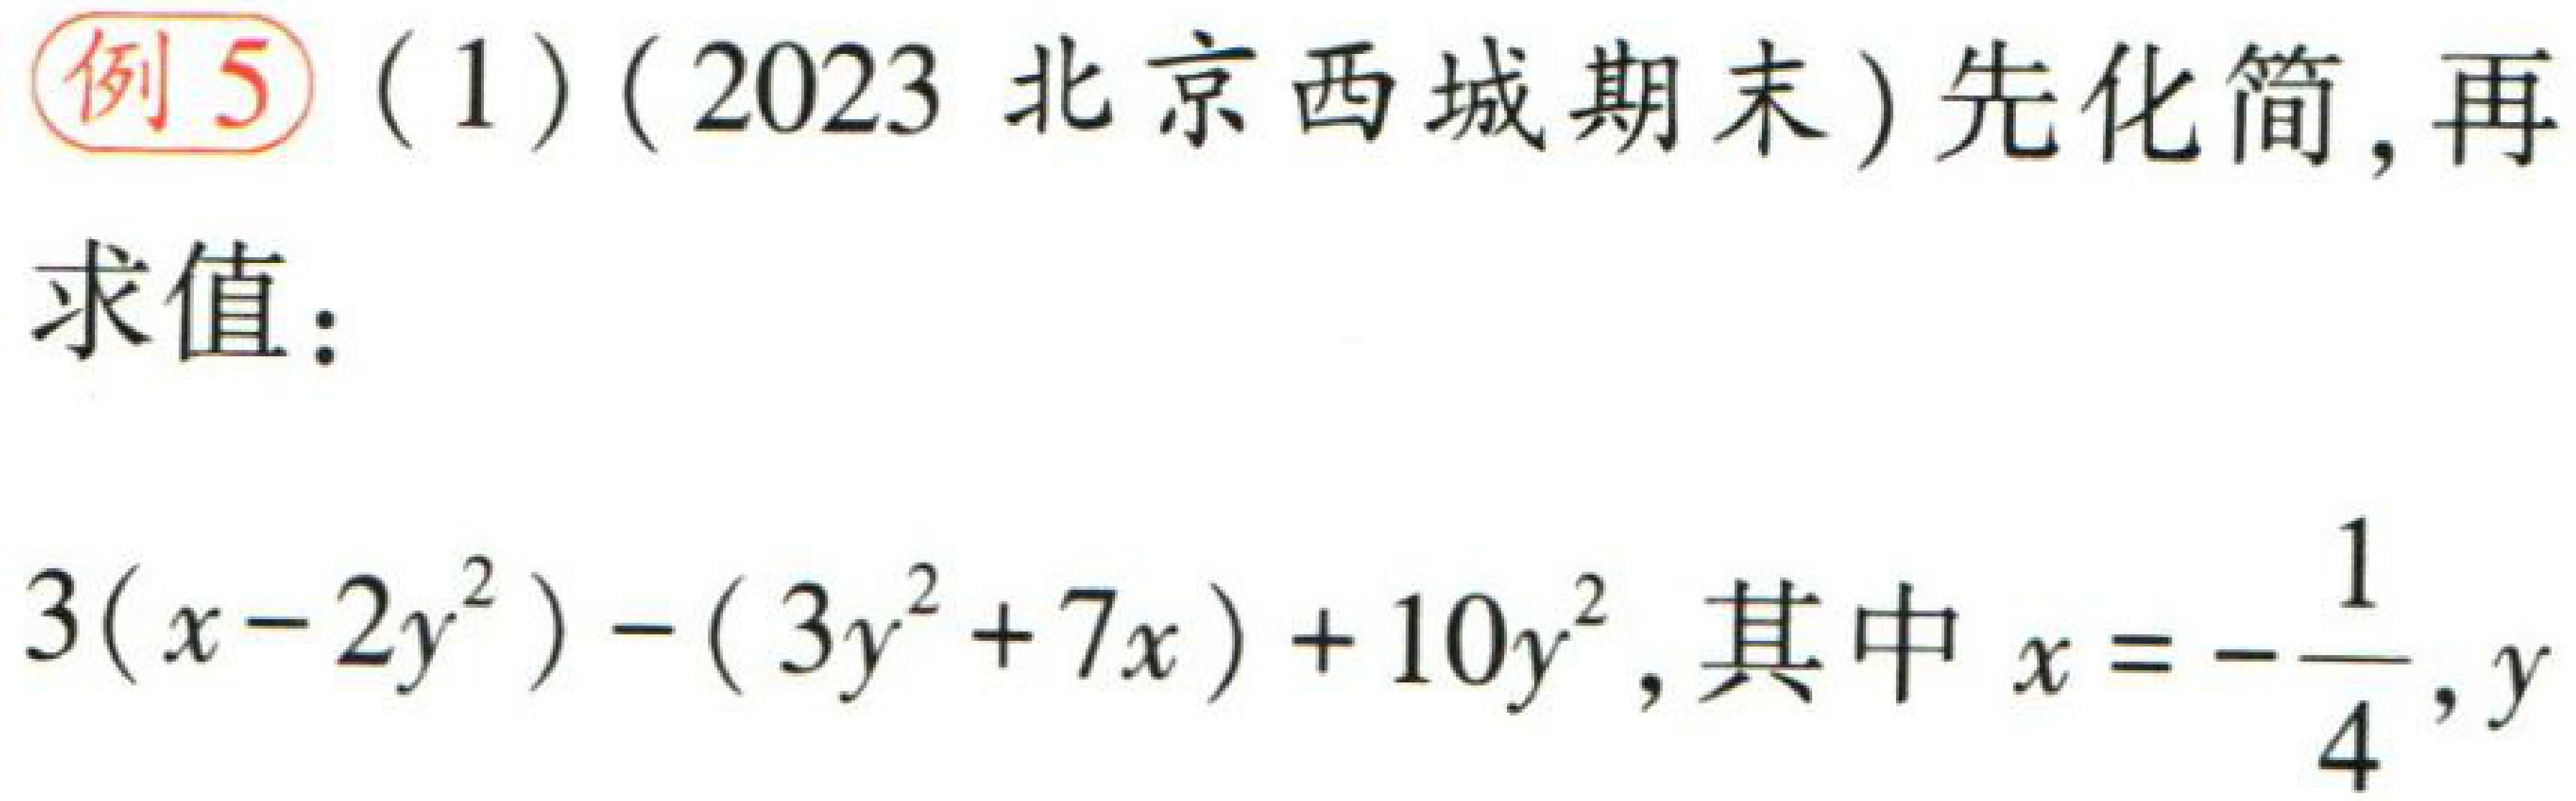
例5（1）（2023 北京西城期末）先化简，再求值：

\[

3(x - 2y^{2}) - (3y^{2} + 7x)+10y^{2}，其中x = -\frac{1}{4},y

\]